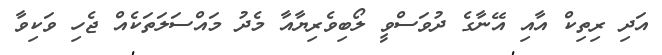
އަދި ރިތިކް އާއި އޭނާގެ ދުވަސްވީ ލޯބިވެރިޔާއާ މެދު މައްސަލަތަކެއް ޖެހި ވަކިވާ